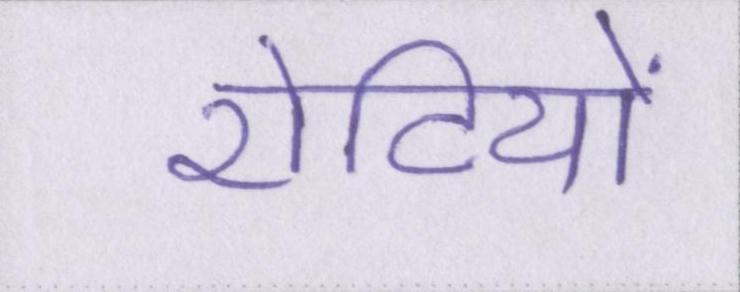
रोटियों